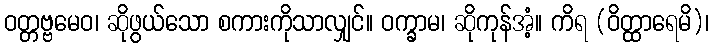
ဝတ္တဗ္ဗမေဝ၊ ဆိုဖွယ်သော စကားကိုသာလျှင်။ ဝက္ခာမ၊ ဆိုကုန်အံ့။ ကိရ (ဝိတ္ထာရေမိ)၊